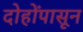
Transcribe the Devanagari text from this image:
दोहोंपासून